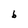
Character: 6